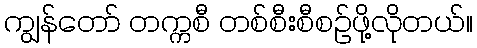
ကျွန်တော် တက္ကစီ တစ်စီးစီစဉ်ဖို့လိုတယ်။